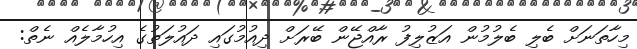
މިހާތަނަށް ބެލި ބެލުމުން އަޒުލިފު ރާއްޖޭން ބޭރަށް ދިއުމުގައި ދައުލަތުގެ އިހުމާލެއް ނެތް: